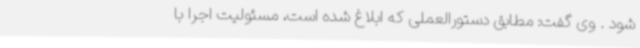
شود . وی گفت: مطابق دستورالعملی که ابلاغ شده است، مسئولیت اجرا با